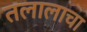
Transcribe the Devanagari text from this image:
तलालाचा